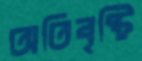
অতিবৃষ্টি